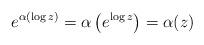
LaTeX: \begin{align*} e^{ \alpha\left(\log z \right)} = \alpha\left( e^{\log z} \right) = \alpha(z) \end{align*}